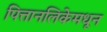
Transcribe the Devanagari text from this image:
पित्तानलिकेमधून